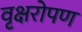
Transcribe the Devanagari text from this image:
वृक्षरोपण